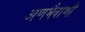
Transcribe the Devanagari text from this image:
अणभैवाणी